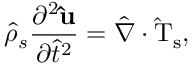
\hat { \rho } _ { s } \frac { \partial ^ { 2 } \mathbf { \hat { u } } } { \partial \hat { t } ^ { 2 } } = \hat { \nabla } \cdot \mathrm { \hat { T } _ { s } } ,